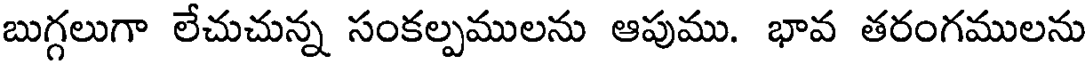
బుగ్గలుగా లేచుచున్న సంకల్పములను ఆపుము. భావ తరంగములను